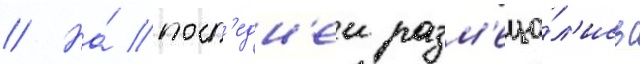
// На́ посл'едн'еи разм'еща́л'ись